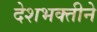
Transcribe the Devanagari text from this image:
देशभक्तीने